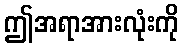
ဤအရာအားလုံးကို